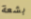
بشعة